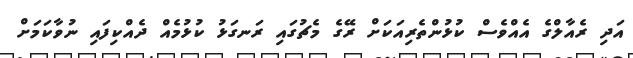
އަދި ރެއާލްގެ އެއްވެސް ކުޅުންތެރިއަކަށް ރޭގެ މެޗުގައި ރަނގަޅު ކުޅުމެއް ދެއްކިފައި ނުވާކަމަށް